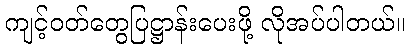
ကျင့်ဝတ်တွေပြဋ္ဌာန်းပေးဖို့ လိုအပ်ပါတယ်။